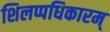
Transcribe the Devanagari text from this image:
शिलप्पधिकारम्‌